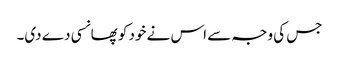
جس کی وجہ سے اس نے خود کو پھانسی دے دی۔